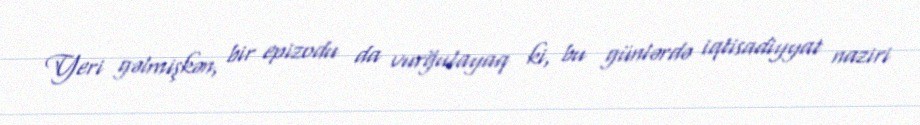
Yeri gəlmişkən, bir epizodu da vurğulayaq ki, bu günlərdə iqtisadiyyat naziri